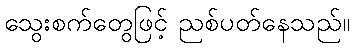
သွေးစက်တွေဖြင့် ညစ်ပတ်နေသည်။